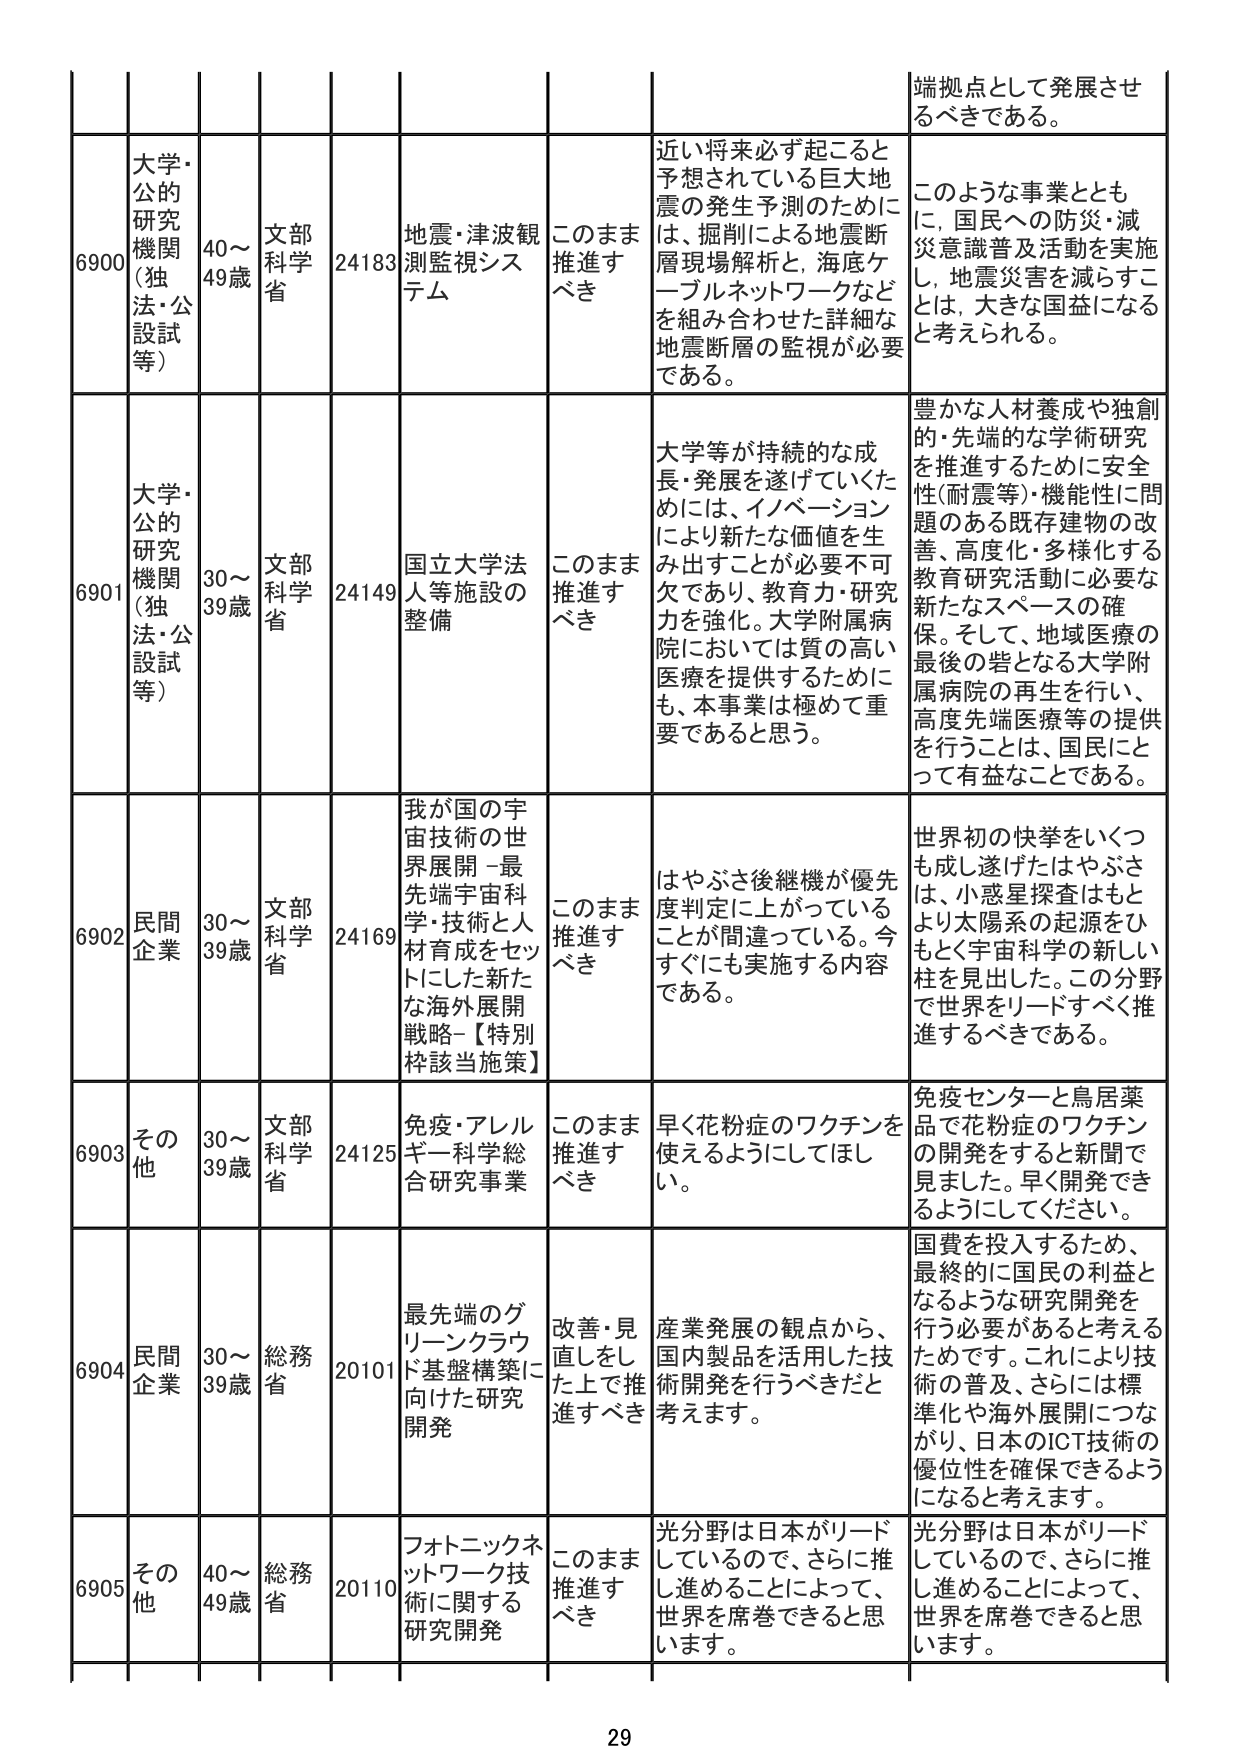
端視点として発展させ
るべきである。

6900
大学・
公的
研究
機関
（独
法・公
設試
等）
40～
49歳
文部
科学
省
24183
地震・津波観
測監視シス
テム
このまま
推進す
べき
近い将来必ず起こると
予想されている巨大地
震の発生予測のために
は、掘削による地震断
層現場解析と、海底ケ
ーブルネットワークなど
を組み合わせた詳細な
地震断層の監視が必要
である。
このような事業ととも
に、国民への防災・減
災意識普及活動を実施
し、地震災害を減らすこ
とは、大きな国益になる
と考えられる。

6901
大学・
公的
研究
機関
（独
法・公
設試
等）
30～
39歳
文部
科学
省
24149
国立大学法
人等施設の
整備
このまま
推進す
べき
大学等が持続的な成
長・発展を遂げていくた
めには、イノベーション
により新たな価値を生
み出すことが必要不可
欠であり、教育力・研究
力を強化。大学附属病
院においては質の高い
医療を提供するために
も、本事業は極めて重
要であると思う。
豊かな人材養成や独創
的・先端的な学術研究
を推進するために安全
性（耐震等）・機能性に問
題のある既存建物の改
善、高度化・多様化する
教育研究活動に必要な
新たなスペースの確
保。そして、地域医療の
最後の砦となる大学附
属病院の再生を行い、
高度先端医療等の提供
を行うことは、国民にと
って有益なことである。

6902
民間
企業
30～
39歳
文部
科学
省
24169
我が国の宇
宙技術の世
界展開 -最
先端宇宙科
学・技術と人
材育成をセッ
トにした新た
な海外展開
戦略-【特別
枠該当施策】
このまま
推進す
べき
はやぶさ後継機が優先
度判定に上がっている
ことが間違っている。今
すぐにも実施する内容
である。
世界初の快挙をいくつ
も成し遂げたはやぶさ
は、小惑星探査はもと
より太陽系の起源をひ
もとく宇宙科学の新しい
柱を見出した。この分野
で世界をリードすべく推
進するべきである。

6903
その他
30～
39歳
文部
科学
省
24125
免疫・アレル
ギー科学総
合研究事業
このまま
推進す
べき
早く花粉症のワクチンを
使えるようにしてほし
い。
免疫センターと鳥居薬
品で花粉症のワクチン
の開発をすると新聞で
見ました。早く開発でき
るようにしてください。

6904
民間
企業
30～
39歳
総務
省
20101
最先端のグ
リーンクラウ
ド基盤構築に
向けた研究
開発
改善・見
直しをし
た上で推
進すべき
産業発展の観点から、
国内製品を活用した技
術開発を行うべきだと
考えます。
国費を投入するため、
最終的に国民の利益と
なるような研究開発を
行う必要があると考える
ためです。これにより技
術の普及、さらには標
準化や海外展開につな
がり、日本のICT技術の
優位性を確保できるよう
になると考えます。

6905
その他
40～
49歳
総務
省
20110
フォトニックネ
ットワーク技
術に関する
研究開発
このまま
推進す
べき
光分野は日本がリード
しているので、さらに推
し進めることによって、
世界を席巻できると思
います。
光分野は日本がリード
しているので、さらに推
し進めることによって、
世界を席巻できると思
います。

29